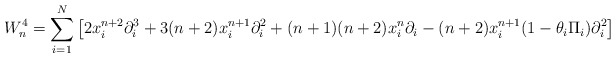
\begin{align*}W_{n}^{4}=\sum_{i=1}^{N}\left[2x_{i}^{n+2}\partial_{i}^{3}+3(n+2)x_{i}^{n+1}\partial_{i}^{2}+ (n+1)(n+2)x_{i}^{n}\partial_{i}-(n+2)x_{i}^{n+1}(1-\theta_{i}\Pi_{i})\partial_{i}^{2}\right]\end{align*}